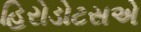
હિરોડોટસએ